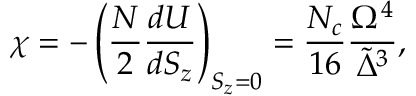
\chi = - \left( \frac { N } { 2 } \frac { d U } { d \ensuremath { S _ { z } } } \right) _ { \ensuremath { S _ { z } } = 0 } = \frac { \ensuremath { N _ { c } } } { 1 6 } \frac { \Omega ^ { 4 } } { \ensuremath { \tilde { \Delta } } ^ { 3 } } ,